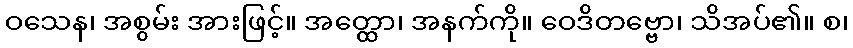
ဝသေန၊ အစွမ်း အားဖြင့်။ အတ္ထော၊ အနက်ကို။ ဝေဒိတဗ္ဗော၊ သိအပ်၏။ စ၊